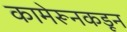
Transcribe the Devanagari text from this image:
कामेरूनकडून